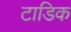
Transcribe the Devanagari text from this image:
टाडिक